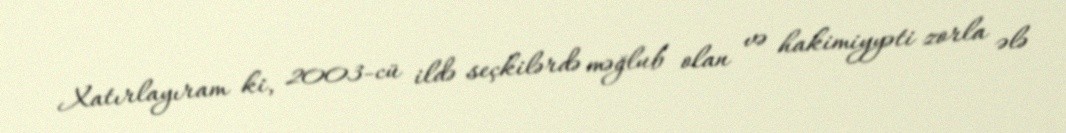
Xatırlayıram ki, 2003-cü ildə seçkilərdə məğlub olan və hakimiyyəti zorla ələ